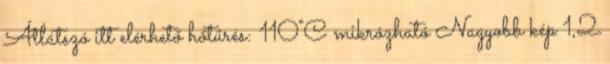
Átlátszó itt elérhető hőtűrés: 110°C mikrózható Nagyobb kép 1,2